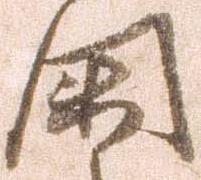
閑